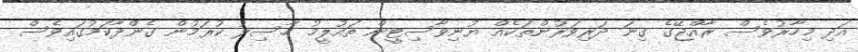
އަދި މިހާރުވެސް ރާއްޖޭގެ ގިނަ ދަރިވަރުންތަކެއް ޔުނިވާސިޓީން ތައުލީމު ހާސިލު ކުރަމުން ގެންދާކަމުގައިވެސް